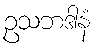
ဥသဘဒါနံ